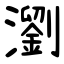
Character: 瀏